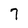
Character: 7